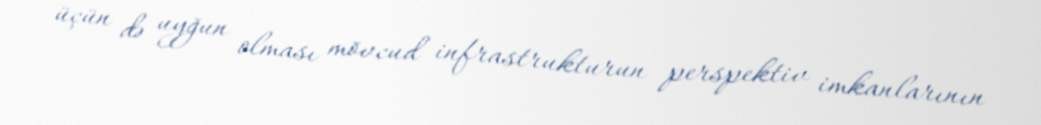
üçün də uyğun olması mövcud infrastrukturun perspektiv imkanlarının